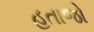
હતાજો